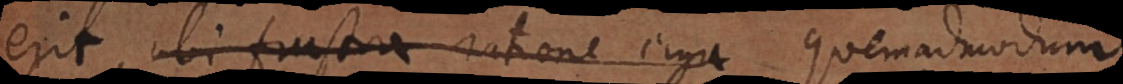
erit, ubi frustra ratione erga quemadmodum